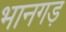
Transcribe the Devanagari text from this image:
भानगड़